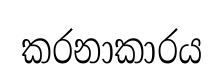
කරනාකාරය